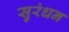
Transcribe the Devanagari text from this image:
सुरंधन